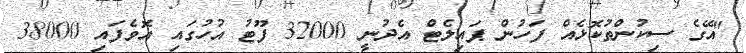
"އޭގެ ސިކުންތުކޮޅެއް ފަހުން ޕައިލެޓް އެދުނީ 32000 ފޫޓު އުހުގައި އޮވެފައި 38000